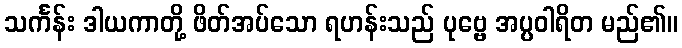
သင်္ကန်း ဒါယကာတို့ ဖိတ်အပ်သော ရဟန်းသည် ပုဗ္ဗေ အပ္ပဝါရိတ မည်၏။